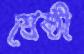
শ্রেষ্ঠী